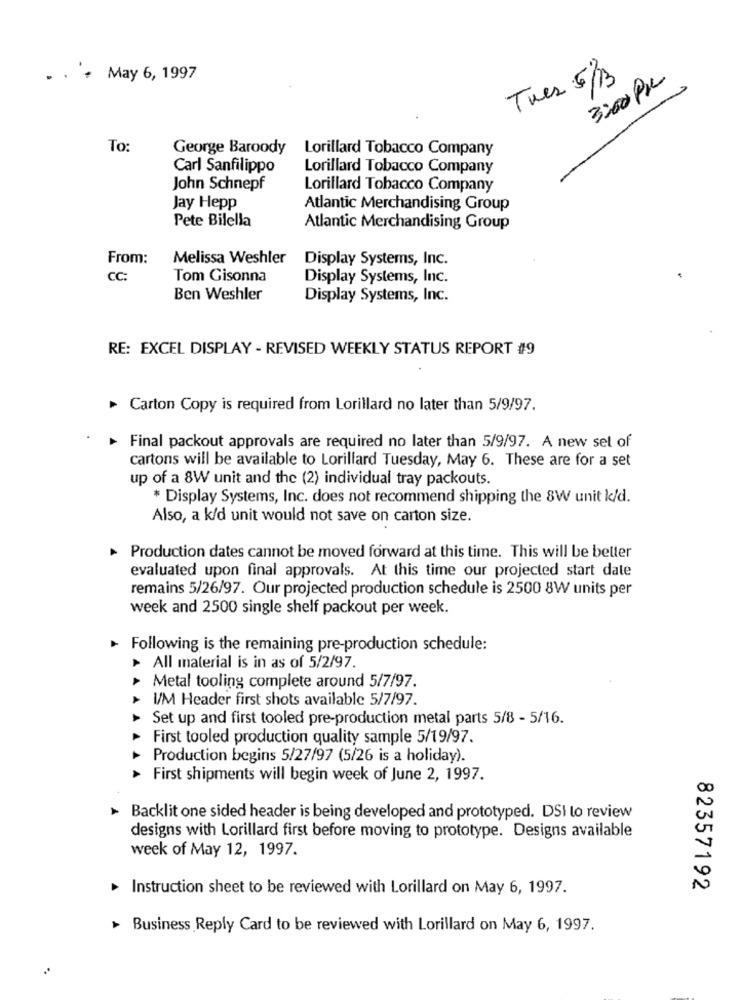
. . . May 6, 1997
Tues 5/3
3:00 PM
To
George Baroody
Lorillard Tobacco Company
Carl Sanfilippo
Lorillard Tobacco Company
John Schnepf
Lorillard Tobacco Company
Jay Hepp
Atlantic Merchandising Group
Pete Bilella
Atlantic Merchandising Group
From:
Melissa Weshler
Display Systems, Inc.
CC:
Tom Gisonna
Display Systems, Inc.
Ben Weshler
Display Systems, Inc.
RE: EXCEL DISPLAY - REVISED WEEKLY STATUS REPORT #9
Carton Copy is required from Lorillard no later than 5/9/97.
Final packout approvals are required no later than 5/9/97. A new sel of
cartons will be available to Lorillard Tuesday, May 6. These are for a set
up of a 8W unit and the (2) individual tray packouts.
* Display Systems, Inc. does not recommend shipping the 8W unit k/d.
Also, a k/d unit would not save on carton size.
Production dates cannot be moved forward at this time. This will be better
evaluated upon final approvals. At this time our projected start date
remains 5/26/97. Our projected production schedule is 2500 8W units per
week and 2500 single shelf packout per week.
Following is the remaining pre-production schedule:
> All material is in as of 5/2/97.
4
Metal tooling complete around 5/7/97.
I/M Header first shots available 5/7/97.
Set up and first tooled pre-production metal parts 5/8 - 5/16.
First tooled production quality sample 5/19/97.
Production begins 5/27/97 (5/26 is a holiday).
First shipments will begin week of June 2, 1997.
> Backlit one sided header is being developed and prototyped. DSI lo review
designs with Lorillard first before moving to prototype. Designs available
week of May 12, 1997.
Instruction sheet to be reviewed with Lorillard on May 6, 1997.
82357192
Business Reply Card to be reviewed with Lorillard on May 6, 1997.